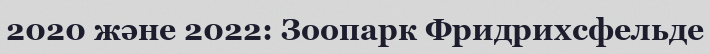
2020 және 2022: Зоопарк Фридрихсфельде